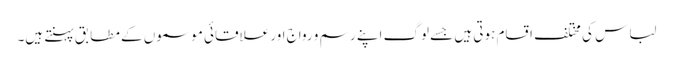
لباس کی مختلف اقسام ہوتی ہیں جسے لوگ اپنے رسم و رواج اور علاقائی موسموں کے مطابق پہنتے ہیں۔